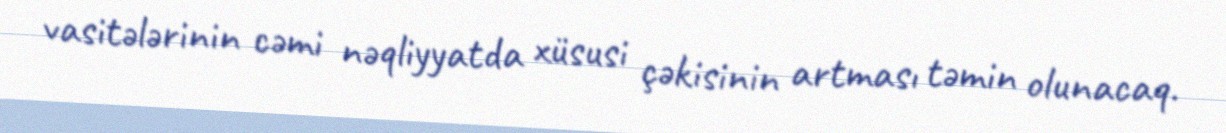
vasitələrinin cəmi nəqliyyatda xüsusi çəkisinin artması təmin olunacaq.